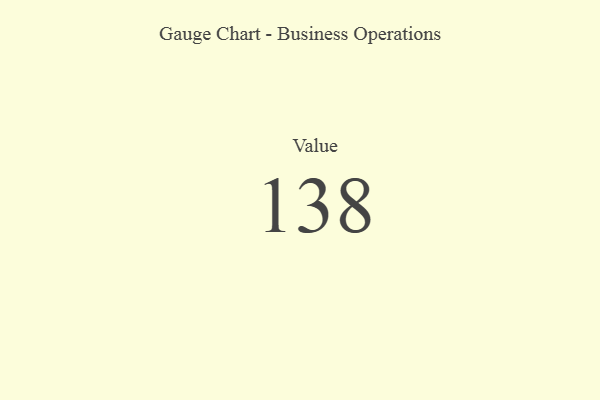
{"axis": {"x": "Metric", "y": "Value"}, "legend": [""], "data": [{"x": "Value", "y": 138, "type": ""}]}